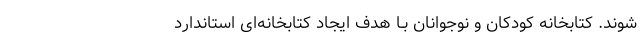
شوند. کتابخانه کودکان و نوجوانان بـا هدف ایجاد کتابخانه‌ای استاندارد